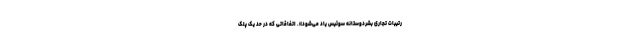
رتیبات تجاری بشردوستانه سوئیس یاد می‌شود». اتفاقاتی که در حد یک پلک